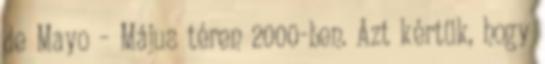
de Mayo – Május téren 2000-ben. Azt kértük, hogy